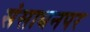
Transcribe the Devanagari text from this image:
संसाधनपर